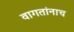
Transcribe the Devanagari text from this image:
वागतांनाच